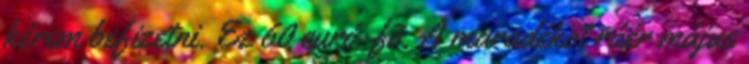
kérem befizetni. Ez 60 euró fõ. A maradékot ráér május